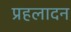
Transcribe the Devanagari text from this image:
प्रहलादन